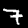
Digit: 7